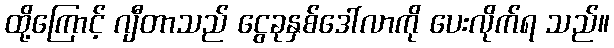
ထို့ကြောင့် ဂျီတာသည် ငွေခုနှစ်ဒေါ်လာကို ပေးလိုက်ရ သည်။